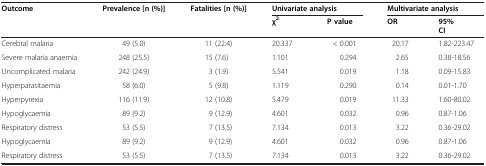
<table><thead><tr><td><b>Outcome</b></td><td><b>Prevalence [n (%)]</b></td><td><b>Fatalities [n (%)]</b></td><td colspan="2"><b>Univariate analysis</b></td><td colspan="2"><b>Multivariate analysis</b></td></tr><tr><td><b> </b></td><td><b> </b></td><td><b> </b></td><td><b>χ<sup>2</sup></b></td><td><b>P value</b></td><td><b>OR</b></td><td><b>95%</b></td></tr><tr><td><b> </b></td><td></td><td></td><td><b> </b></td><td><b> </b></td><td><b> </b></td><td><b>CI</b></td></tr></thead><tbody><tr><td>Cerebral malaria</td><td>49 (5.0)</td><td>11 (22.4)</td><td>20.337</td><td>&lt; 0.001</td><td>20.17</td><td>1.82-223.47</td></tr><tr><td>Severe malaria anaemia</td><td>248 (25.5)</td><td>15 (7.6)</td><td>1.101</td><td>0.294</td><td>2.65</td><td>0.38-18.56</td></tr><tr><td>Uncomplicated malaria</td><td>242 (24.9)</td><td>3 (1.9)</td><td>5.541</td><td>0.019</td><td>1.18</td><td>0.09-15.83</td></tr><tr><td>Hyperparasitaemia</td><td>58 (6.0)</td><td>5 (9.8)</td><td>1.119</td><td>0.290</td><td>0.14</td><td>0.01-1.70</td></tr><tr><td>Hyperpyrexia</td><td>116 (11.9)</td><td>12 (10.8)</td><td>5.479</td><td>0.019</td><td>11.33</td><td>1.60-80.02</td></tr><tr><td>Hypoglycaemia</td><td>89 (9.2)</td><td>9 (12.9)</td><td>4.601</td><td>0.032</td><td>0.96</td><td>0.87-1.06</td></tr><tr><td>Respiratory distress</td><td>53 (5.5)</td><td>7 (13.5)</td><td>7.134</td><td>0.013</td><td>3.22</td><td>0.36-29.02</td></tr><tr><td>Hypoglycaemia</td><td>89 (9.2)</td><td>9 (12.9)</td><td>4.601</td><td>0.032</td><td>0.96</td><td>0.87-1.06</td></tr><tr><td>Respiratory distress</td><td>53 (5.5)</td><td>7 (13.5)</td><td>7.134</td><td>0.013</td><td>3.22</td><td>0.36-29.02</td></tr></tbody></table>